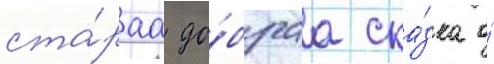
ста́раа до́браа ска́зка о́